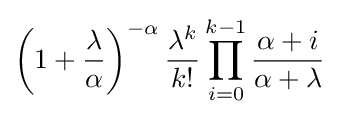
\left(1+{\frac {\lambda }{\alpha }}\right)^{-\alpha }{\frac {\lambda ^{k}}{k!}}\prod _{i=0}^{k-1}{\frac {\alpha +i}{\alpha +\lambda }}